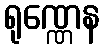
ရုဏ္ဏေန